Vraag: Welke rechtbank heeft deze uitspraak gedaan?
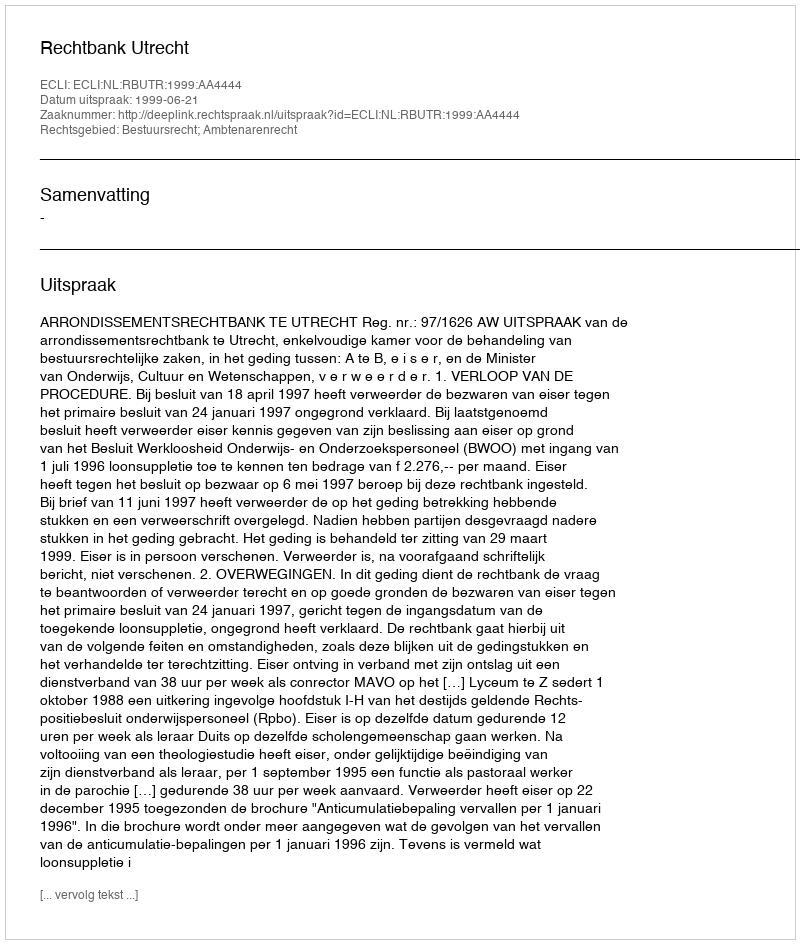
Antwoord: Rechtbank Utrecht